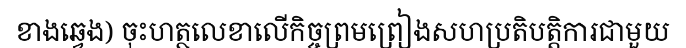
ខាងឆ្វេង) ចុះហត្ថលេខាលើកិច្ចព្រមព្រៀងសហប្រតិបត្តិការជាមួយ